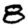
Digit: 8